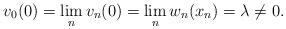
LaTeX: \begin{align*}v_0(0)=\lim_nv_n(0)=\lim_nw_n(x_n)=\lambda\neq 0.\end{align*}